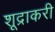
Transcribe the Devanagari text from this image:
शूद्राकरी